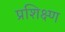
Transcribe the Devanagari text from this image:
प्रशिक्ष्ण